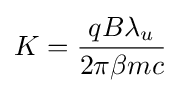
K={\frac {qB\lambda _{u}}{2\pi \beta mc}}